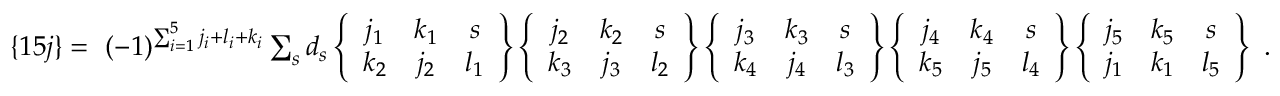
\begin{array} { r } { \{ 1 5 j \} = ~ ( - 1 ) ^ { \sum _ { i = 1 } ^ { 5 } j _ { i } + l _ { i } + k _ { i } } \sum _ { s } d _ { s } \left\{ \begin{array} { c c c } { j _ { 1 } } & { k _ { 1 } } & { s } \\ { k _ { 2 } } & { j _ { 2 } } & { l _ { 1 } } \end{array} \right\} \left\{ \begin{array} { c c c } { j _ { 2 } } & { k _ { 2 } } & { s } \\ { k _ { 3 } } & { j _ { 3 } } & { l _ { 2 } } \end{array} \right\} \left\{ \begin{array} { c c c } { j _ { 3 } } & { k _ { 3 } } & { s } \\ { k _ { 4 } } & { j _ { 4 } } & { l _ { 3 } } \end{array} \right\} \left\{ \begin{array} { c c c } { j _ { 4 } } & { k _ { 4 } } & { s } \\ { k _ { 5 } } & { j _ { 5 } } & { l _ { 4 } } \end{array} \right\} \left\{ \begin{array} { c c c } { j _ { 5 } } & { k _ { 5 } } & { s } \\ { j _ { 1 } } & { k _ { 1 } } & { l _ { 5 } } \end{array} \right\} \ . } \end{array}